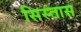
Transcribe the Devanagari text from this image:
सिस्तास